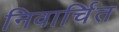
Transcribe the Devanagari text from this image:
निवार्चित